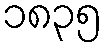
၁၈၃၅